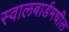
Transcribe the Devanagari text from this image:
स्वालबार्डमधील